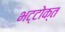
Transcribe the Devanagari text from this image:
भट्टोक्त